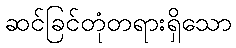
ဆင်ခြင်တုံတရားရှိသော